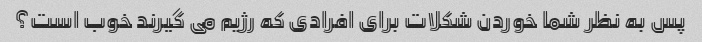
پس به نظر شما خوردن شکلات برای افرادی که رژیم می گیرند خوب است؟